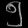
Digit: ၅